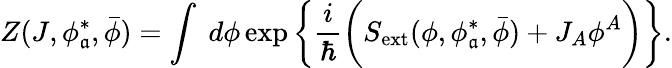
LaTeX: Z(J,\phi_{\mathfrak{a}}^{*},\bar{{\phi}})=\int\; d\phi\exp\bigg\{ \frac{{i}}{{\hbar}}\bigg(S_{\mathrm{{ext}}}(\phi,\phi_{\mathfrak{a}}^{*},\bar{{\phi}})+J_{A}\phi^{A}\bigg)\bigg\} .